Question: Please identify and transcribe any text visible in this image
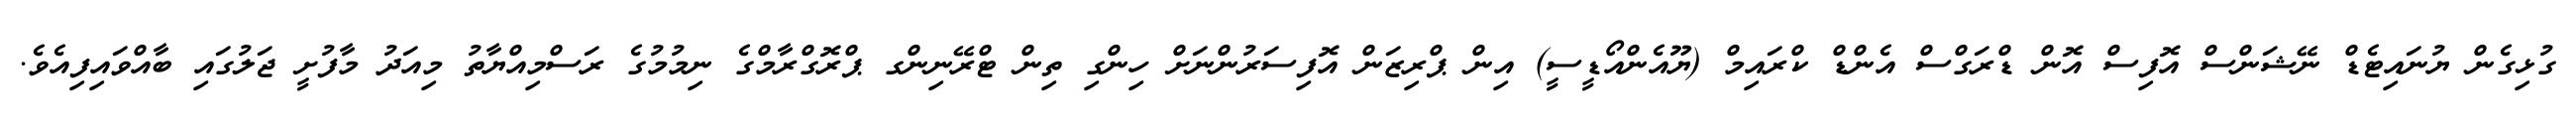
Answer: ގުޅިގެން ޔުނައިޓެޑް ނޭޝަންސް އޮފިސް އޮން ޑްރަގްސް އެންޑް ކްރައިމް (ޔޫއެންއޯޑީސީ) އިން ޕްރިޒަން އޮފިސަރުންނަށް ހިންގި ތިން ޓްރޭނިންގ ޕްރޮގްރާމްގެ ނިމުމުގެ ރަސްމިއްޔާތު މިއަދު މާފުށީ ޖަލުގައި ބާއްވައިފިއެވެ.